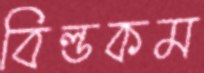
বিল্ডকম